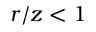
r / z < 1